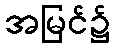
အမြင်၌